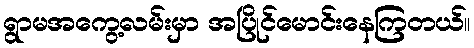
ရွာမအကွေ့လမ်းမှာ အပြိုင်မောင်းနေကြတယ်။